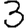
Digit: 3